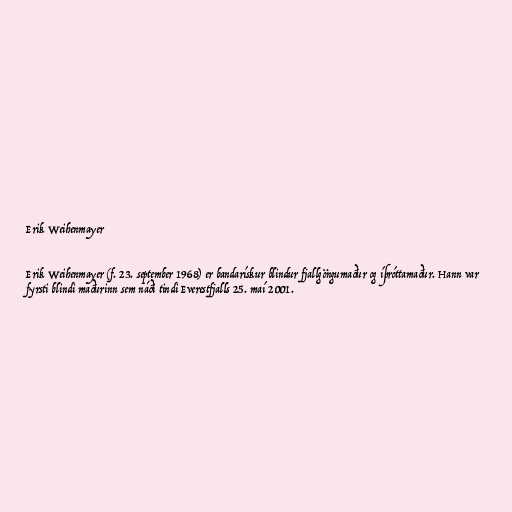
Erik Weihenmayer

Erik Weihenmayer (f. 23. september 1968) er bandarískur blindur fjallgöngumaður og íþróttamaður. Hann var
fyrsti blindi maðurinn sem náði tindi Everestfjalls 25. maí 2001.